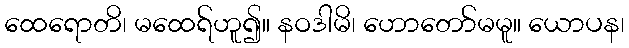
ထေရောတိ၊ မထေရ်ဟူ၍။ နဝဒါမိ၊ ဟောတော်မမူ။ ယောပန၊